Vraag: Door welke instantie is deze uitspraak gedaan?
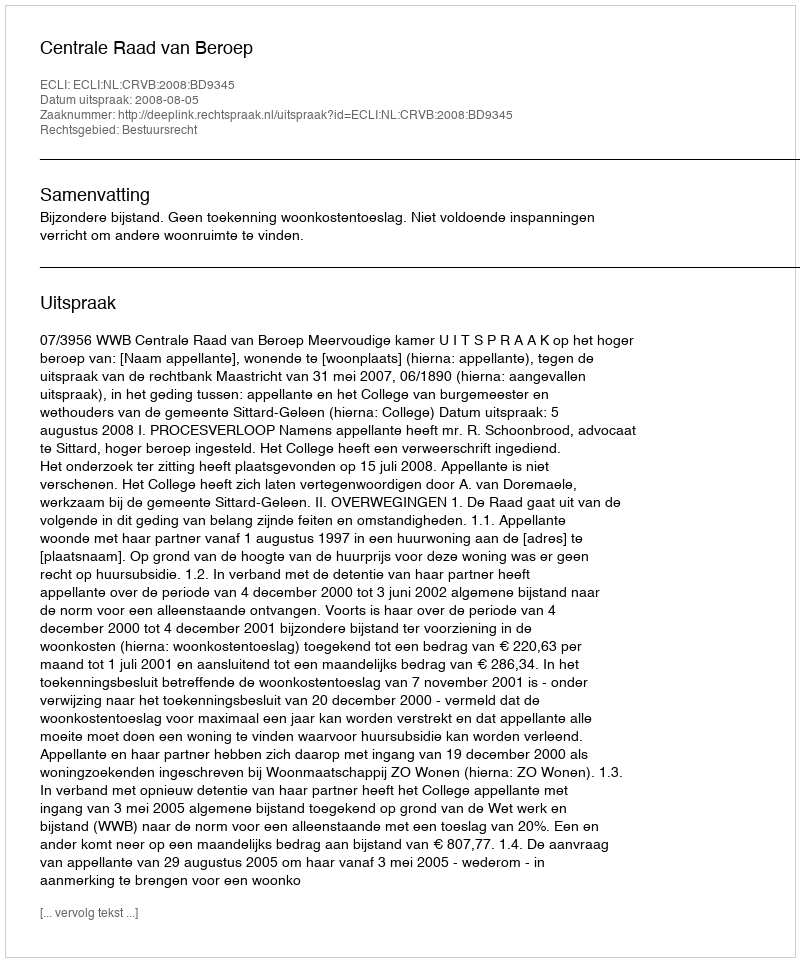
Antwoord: Centrale Raad van Beroep